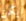
يكن